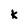
Character: k